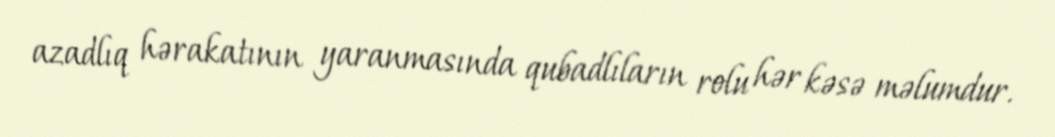
azadlıq hərakatının yaranmasında qubadlıların rolu hər kəsə məlumdur.